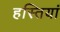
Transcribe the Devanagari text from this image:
हस्‍तियां